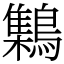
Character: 𪆐